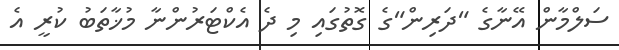
ސަލްމާން އޭނާގެ "ދަރިން"ގެ ގޮތުގައި މި ދެ އެކްޓަރުންނާ މުޚާތަބު ކުރީ އެ